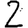
Digit: 2